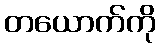
တယောက်ကို